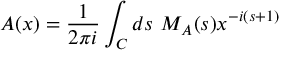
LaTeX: A ( x ) = { \frac { 1 } { 2 \pi i } } \int _ { C } d s ~ M _ { A } ( s ) x ^ { - i ( s + 1 ) }